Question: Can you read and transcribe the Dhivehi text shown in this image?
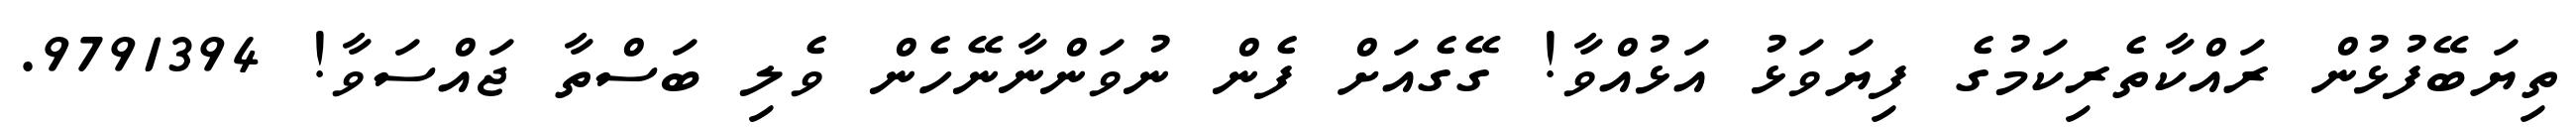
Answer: ތިޔަބޭފުޅުން ރައްކާތެރިކަމުގެ ފިޔަވަޅު އަޅުއްވާ! ގޭގެއަށް ފެން ނުވަންނާނޭހެން ވެލި ބަސްތާ ޖައްސަވާ! 9791394.